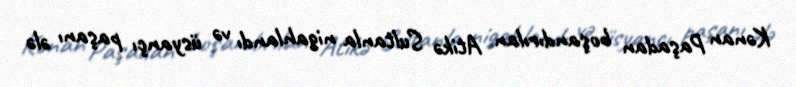
Kənan Paşadan boşandırılan Atikə Sultanla nigahlandı və üsyançı paşanı ələ